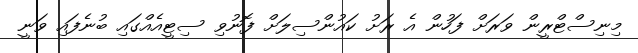
މިނިސްޓްރީން ވަރަށް ފަހުން އެ ރަށު ކައުންސިލަށް ފޮނުވި ސިޓީއެއްގައި ބުނެފައި ވަނީ